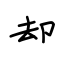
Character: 却